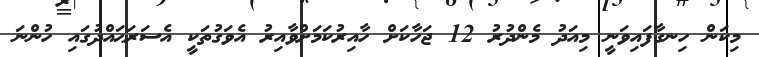
މިކަން ހިނގާފައިވަނީ މިއަދު މެންދުރު 12 ޖަހާކަށް ހާއިރުކަމަށްވާއިރު އެވަގުތަކީ އެސަރަޙައްދުގައި ހުންނަ